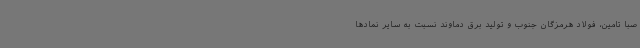
صبا تامین، فولاد هرمزگان جنوب و تولید برق دماوند نسبت به سایر نمادها